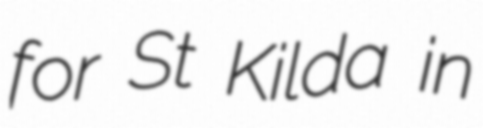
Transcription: for St Kilda in